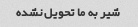
شیر به ما تحویل نشده